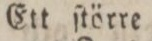
Ett ſtörre